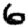
Digit: 6